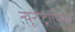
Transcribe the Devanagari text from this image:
न्यूरोट्रॉफिक